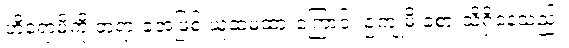
ဟိရောမိကို တရားခံအဖြစ် ယူဆမထားကြောင်း ဥကျုမိ ခံစားသိရှိနေသည်။